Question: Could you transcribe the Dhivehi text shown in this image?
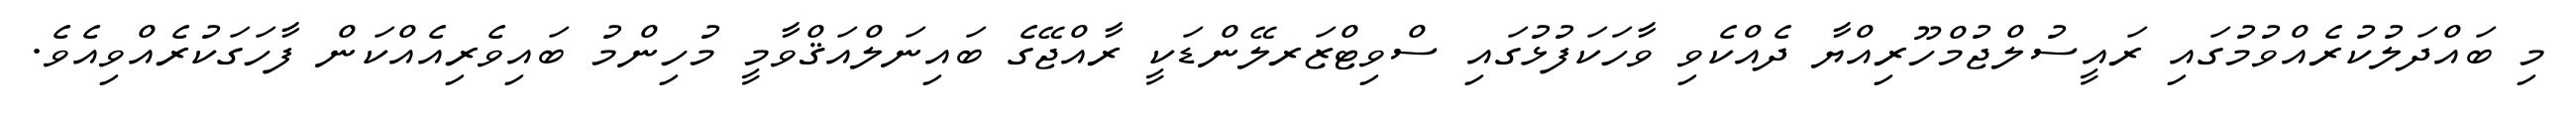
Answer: މި ބައްދަލުކުރެއްވުމުގައި ރައީސުލްޖުމްހޫރިއްޔާ ދެއްކެވި ވާހަކަފުޅުގައި ސްވިޓްޒަރލޭންޑަކީ ރާއްޖޭގެ ބައިނަލްއަޤްވާމީ މުހިންމު ބައިވެރިއެއްކަން ފާހަގަކުރެއްވިއެވެ.